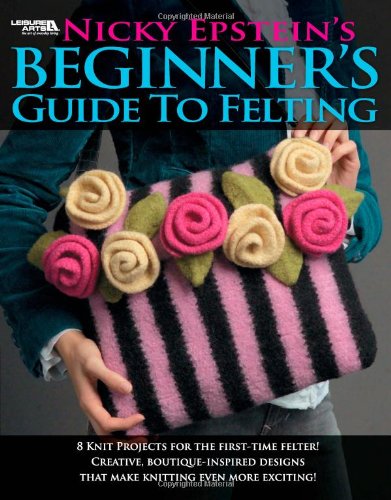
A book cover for Nicky Epstein's Beginner's Guide to Felting (Leisure Arts # 4171); Nicky Epstein; Crafts, Hobbies & Home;